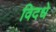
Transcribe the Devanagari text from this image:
विदधे